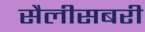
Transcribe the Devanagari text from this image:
सैलीसबरी